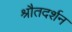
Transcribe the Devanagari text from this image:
श्रौतदर्शन